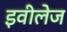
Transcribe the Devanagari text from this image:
इवीलेज